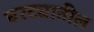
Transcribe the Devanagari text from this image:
घरट्यातील